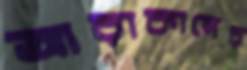
আরাকানের